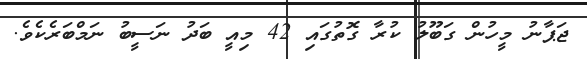
ޖަޕާނު މީހުން ގަބޫލު ކުރާ ގޮތުގައި 42 މިއީ ބަދު ނަސީބު ނަމްބަރެކެވެ.